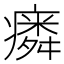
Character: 𱱥